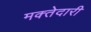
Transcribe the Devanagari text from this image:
मक्‍तेदारी